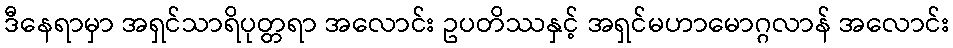
ဒီနေရာမှာ အရှင်သာရိပုတ္တရာ အလောင်း ဥပတိဿနှင့် အရှင်မဟာမောဂ္ဂလာန် အလောင်း